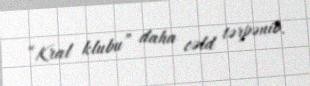
“Kral klubu” daha cəld tərpənib.